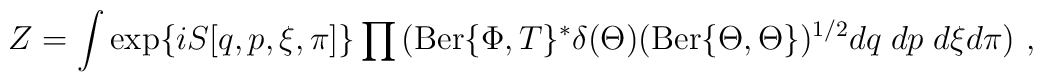
Z = \int \exp \{ i S[q,p, \xi, \pi]\} \prod{({\rm Ber}\{\Phi  , T \}^* \delta(\Theta) ({\rm Ber}\{\Theta , \Theta\})^{1/2} dq \; dp\; d\xi d\pi}) \ ,